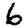
Digit: 6